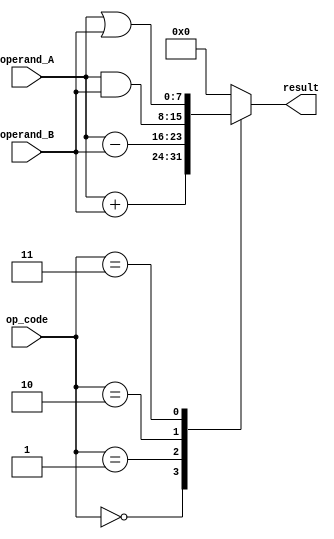
module ALU (
    input [3:0] op_code,
    input [7:0] operand_A,
    input [7:0] operand_B,
    output reg [7:0] result
);

always @(*)
begin
    case(op_code)
        4'b0000: result = operand_A + operand_B; // Addition
        4'b0001: result = operand_A - operand_B; // Subtraction
        4'b0010: result = operand_A & operand_B; // AND
        4'b0011: result = operand_A | operand_B; // OR
        // Add more cases for additional operations
        
        default: result = 8'b00000000; // Default case
    endcase
end

endmodule